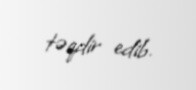
təqdir edib.